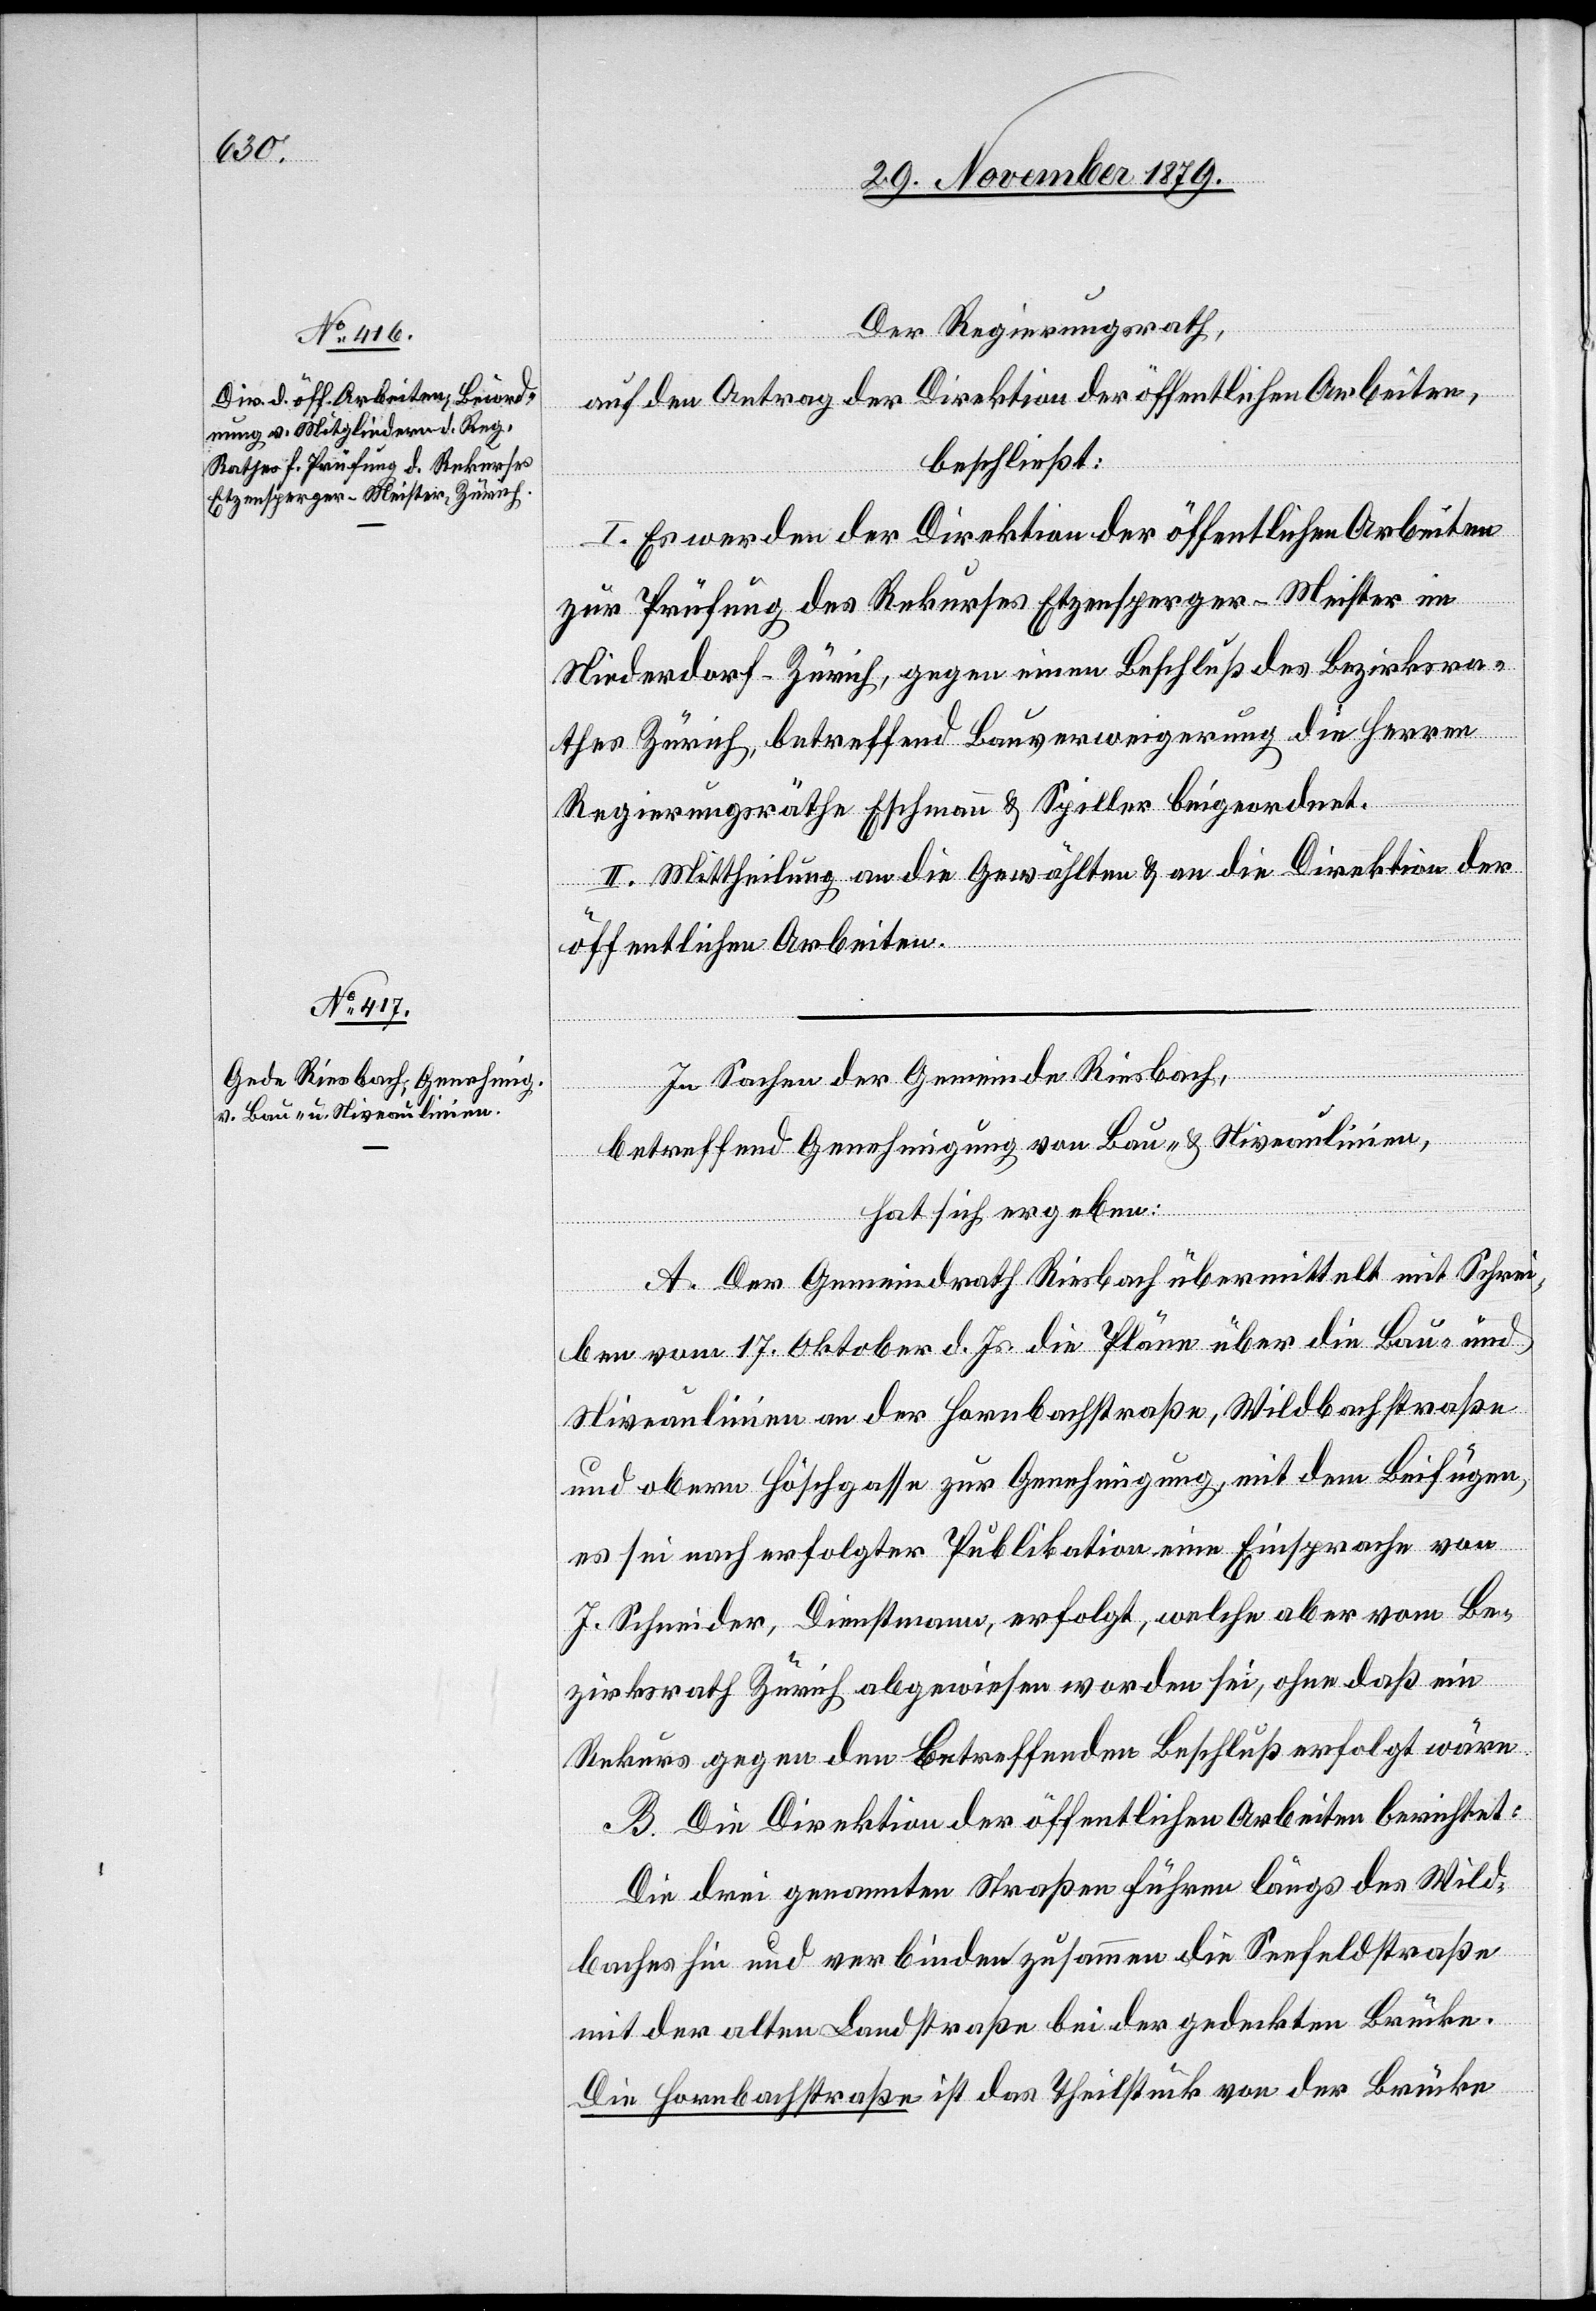
Der Regierungsrath,
auf den Antrag der Direktion der öffentlichen Arbeiten,
beschließt:
I. Es werden der Direktion der öffentlichen Arbeiten
zur Prüfung des Rekurses Etzensperger-Meister im
Niederdorf - Zürich, gegen einen Beschluß des Bezirksra¬
thes Zürich, betreffend Bauverweigerung die Herren
Regierungsräthe Eschmann & Spiller beigeordnet.
II. Mittheilung an die Gewählten & an die Direktion der
öffentlichen Arbeiten.
In Sachen der Gemeinde Riesbach,
betreffend Genehmigung von Bau- & Niveaulinien,
hat sich ergeben:
A. Der Gemeindrath Riesbach übermittelt mit Schrei¬
ben vom 17. Oktober d. Js. die Pläne über die Bau- und
Niveaulinien an der Hornbachstraße, Wildbachstraße
und obern Höschgasse zur Genehmigung, mit dem Beifügen,
es sei nach erfolgter Publikation eine Einsprache von
J. Schneider, Dienstmann, erfolgt, welche aber vom Be¬
zirksrath Zürich abgewiesen worden sei, ohne daß ein
Rekurs gegen den betreffenden Beschluß erfolgt wäre.
B. Die Direktion der öffentlichen Arbeiten berichtet:
Die drei genannten Straßen führen längs des Wild¬
baches hin und verbinden zusammen die Seefeldstraße
mit der alten Landstraße bei der gedeckten Brücke.
Die Hornbachstraße ist das Theilstück von der Brücke